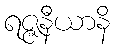
ရဇ္ဇနီယာနိ